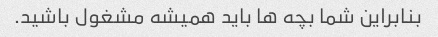
بنابراین شما بچه ها باید همیشه مشغول باشید.